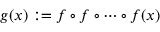
g ( x ) : = f \circ f \circ \cdots \circ f ( x )